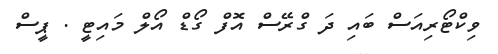
ވިކްޓޯރިއަސް ބައި ދަ ގްރޭސް އޮފް ގޯޑް އޯލް މައިޓީ . ޕީސް